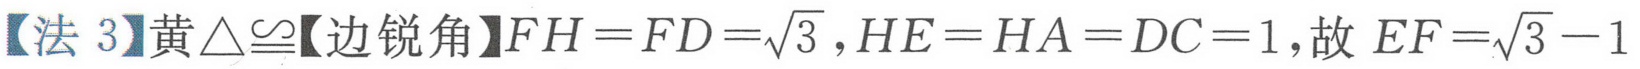
【法 3】黄\(\triangle\cong\)【边锐角】\(FH = FD=\sqrt{3}\)，\(HE = HA = DC = 1\)，故 \(EF=\sqrt{3}-1\)